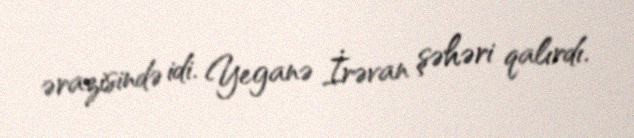
ərazisində idi. Yeganə İrəvan şəhəri qalırdı.